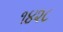
૧૪૨૮